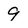
Character: 9